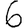
Digit: 6